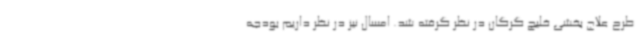
طرح علاج بخشی خلیج گرگان در نظر گرفته شد. امسال نیز در نظر داریم بودجه